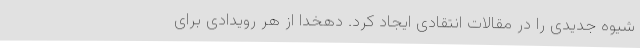
شیوه جدیدی را در مقالات انتقادی ایجاد کرد. دهخدا از هر رویدادی برای